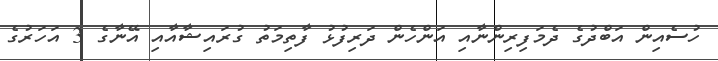
ހުސެއިން އަބްދުގެ ދެމަފިރިންނާއި އަންހެން ދަރިފުޅު ފާތިމަތު ގުރައިޝާއާއި އޭނާގެ 3 އަހަރުގެ